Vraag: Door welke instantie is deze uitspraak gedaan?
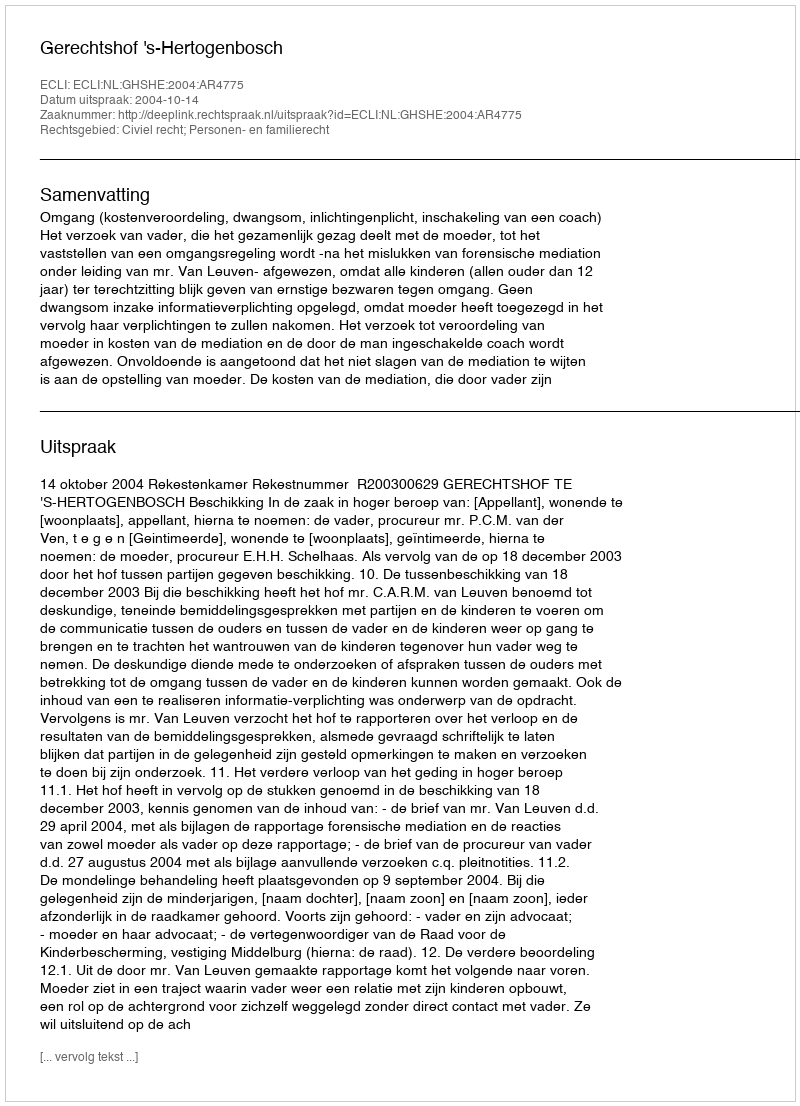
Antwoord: Gerechtshof 's-Hertogenbosch